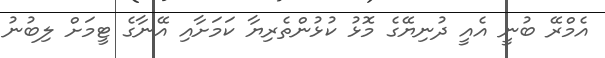
އެމްރޭ ބުނީ އެއީ ދުނިޔޭގެ މޮޅު ކުޅުންތެރިޔާ ކަމަށާއި އޭނާގެ ޓީމަށް ލިބުނު